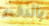
بالدفء